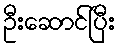
ဦးဆောင်ပြီး